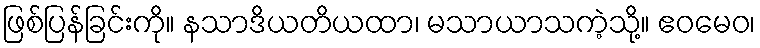
ဖြစ်ပြန်ခြင်းကို။ နသာဒိယတိယထာ၊ မသာယာသကဲ့သို့။ ဧဝမေဝ၊